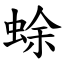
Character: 蜍